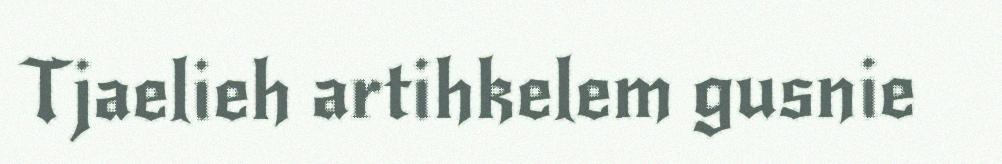
Tjaelieh artihkelem gusnie